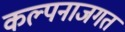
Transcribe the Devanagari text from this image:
कल्पनाजगत